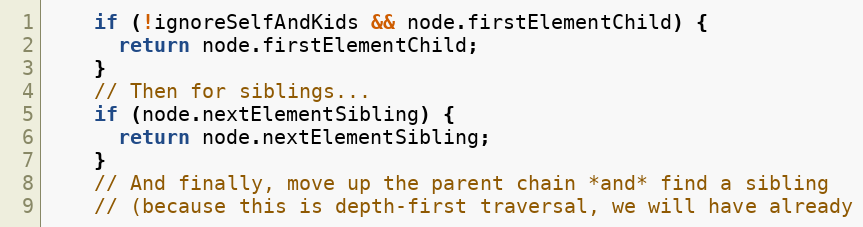
Language: JavaScript
    if (!ignoreSelfAndKids && node.firstElementChild) {
      return node.firstElementChild;
    }
    // Then for siblings...
    if (node.nextElementSibling) {
      return node.nextElementSibling;
    }
    // And finally, move up the parent chain *and* find a sibling
    // (because this is depth-first traversal, we will have already